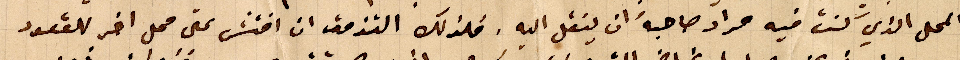
المحل الذي كنت فيه مراد صاحبه ان ينقل اليه. فلذلك التزمت ان افتش على محل اخر للقعود